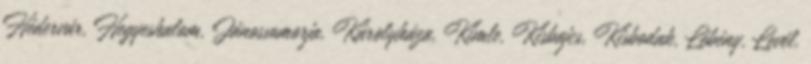
Hédervár, Hegyeshalom, Jánossomorja, Károlyháza, Kimle, Kisbajcs, Kisbodak, Lébény, Levél,